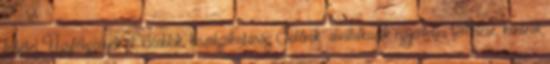
feltétel Ügyféligények pl. időablak, kiszolgálhatóság Sofőrök alvállalkozók egyenletes terhelése, kontroll